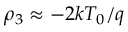
\rho _ { 3 } \approx - 2 k T _ { 0 } / q